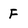
Character: f